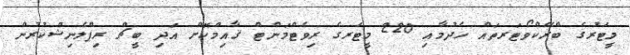
މީޓަރުގެ ބްރޭކްވޯޓަރތައް ހެދުމާއި 220 މީޓަރގެ ރިވެޓްމަންޓް ޤާއިމްކޮށް އަދި ބީޗް ރިޕްލެނިޝްކުރުން